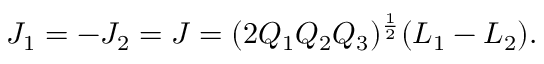
J _ { 1 } = - J _ { 2 } = J = ( 2 { \cal Q } _ { 1 } { \cal Q } _ { 2 } { \cal Q } _ { 3 } ) ^ { \frac { 1 } { 2 } } ( L _ { 1 } - L _ { 2 } ) .